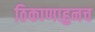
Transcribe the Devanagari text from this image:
ठिकाणाहुनच